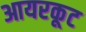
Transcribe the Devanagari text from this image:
आयरकूट